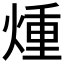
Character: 煄